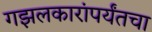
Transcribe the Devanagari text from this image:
गझलकारांपर्यंतचा